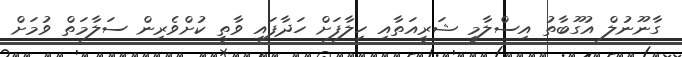
ގާނޫނުލް އުގޫބާތު އިސްލާމީ ޝަރީއަތާއި ހިލާފަށް ހަދާފައި ވާތީ ކުށްވެރިން ސަލާމަތް ވުމަށް